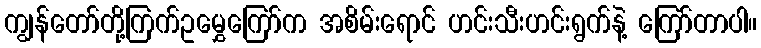
ကျွန်တော်တို့ကြက်ဥမွှေကြော်က အစိမ်းရောင် ဟင်းသီးဟင်းရွက်နဲ့ ကြော်တာပါ။